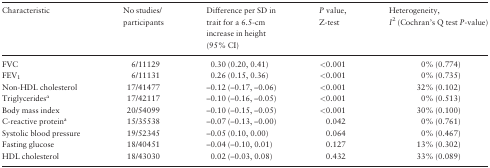
<table><thead><tr><td><b>Characteristic</b></td><td><b>No studies/ participants</b></td><td><b>Difference per SD in trait for a 6.5-cm increase in height (95% CI)</b></td><td><b><i>P</i> value, Z-test</b></td><td><b>Heterogeneity, <i>I</i><sup>2</sup> (Cochran’s Q test <i>P</i>-value)</b></td></tr></thead><tbody><tr><td>FVC</td><td>6/11129</td><td>0.30 (0.20, 0.41)</td><td>&lt;0.001</td><td>0% (0.774)</td></tr><tr><td>FEV<sub>1</sub></td><td>6/11131</td><td>0.26 (0.15, 0.36)</td><td>&lt;0.001</td><td>0% (0.735)</td></tr><tr><td>Non-HDL cholesterol</td><td>17/41477</td><td>–0.12 (–0.17, –0.06)</td><td>&lt;0.001</td><td>32% (0.102)</td></tr><tr><td>Triglycerides<sup>a</sup></td><td>17/42117</td><td>–0.10 (–0.16, –0.05)</td><td>&lt;0.001</td><td>0% (0.513)</td></tr><tr><td>Body mass index</td><td>20/54099</td><td>–0.10 (–0.15, –0.05)</td><td>&lt;0.001</td><td>30% (0.100)</td></tr><tr><td>C-reactive protein<sup>a</sup></td><td>15/35538</td><td>–0.07 (–0.13, –0.00)</td><td>0.042</td><td>0% (0.761)</td></tr><tr><td>Systolic blood pressure</td><td>19/52345</td><td>–0.05 (0.10, 0.00)</td><td>0.064</td><td>0% (0.467)</td></tr><tr><td>Fasting glucose</td><td>18/40451</td><td>–0.04 (–0.10, 0.01)</td><td>0.127</td><td>13% (0.302)</td></tr><tr><td>HDL cholesterol</td><td>18/43030</td><td>0.02 (–0.03, 0.08)</td><td>0.432</td><td>33% (0.089)</td></tr></tbody></table>